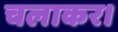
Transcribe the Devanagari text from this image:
चलाकर।